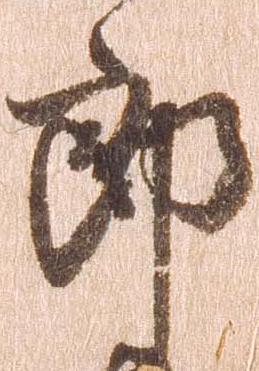
郎